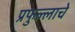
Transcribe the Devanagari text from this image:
प्रफुल्लाचे